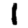
Digit: 1